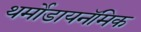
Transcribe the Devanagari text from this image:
थर्मोडायनॅमिक